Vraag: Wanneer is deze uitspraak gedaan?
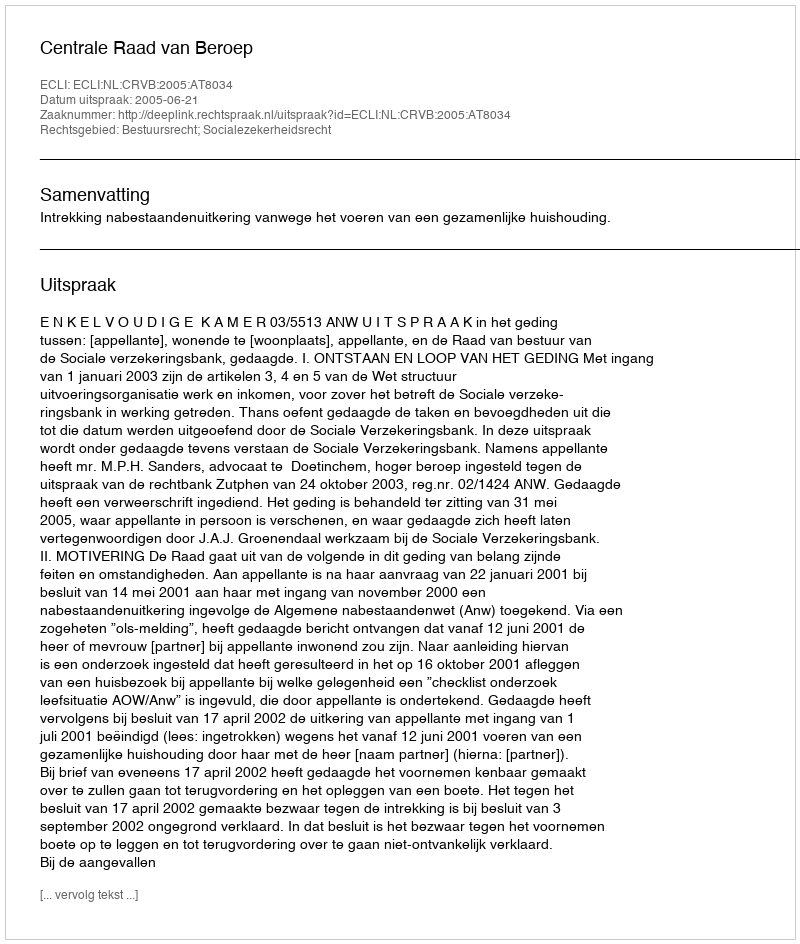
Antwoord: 2005-06-21